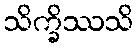
သိက္ခိဿသိ